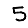
Digit: 5